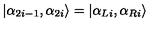
\left| \alpha _ { 2 i - 1 } , \alpha _ { 2 i } \right\rangle = \left| \alpha _ { L i } , \alpha _ { R i } \right\rangle